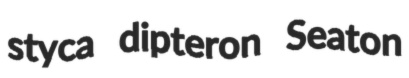
styca dipteron Seaton